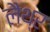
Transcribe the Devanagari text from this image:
लैथ्र